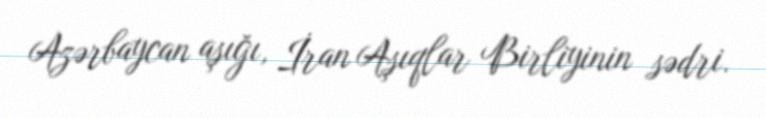
Azərbaycan aşığı, İran Aşıqlar Birliyinin sədri.